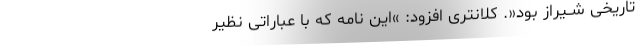
تاریخی شــیراز بود«. کلانتری افزود: »این نامه که با عباراتی نظیر